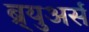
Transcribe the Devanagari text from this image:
ब्र्युअर्स